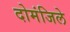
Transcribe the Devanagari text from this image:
दोमंजिले